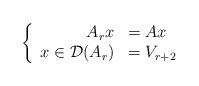
LaTeX: \begin{align*}\left\{\begin{array}[c]{rl}A_{r}x & =Ax\\x\in\mathcal{D}(A_{r}) & =V_{r+2}\end{array}\right.\end{align*}